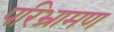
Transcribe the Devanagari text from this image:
परिभ्रामण